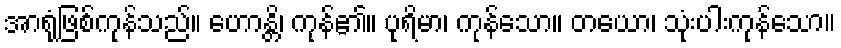
အာရုံဖြစ်ကုန်သည်။ ဟောန္တိ၊ ကုန်၏။ ပုရိမာ၊ ကုန်သော။ တယော၊ သုံးပါးကုန်သော။